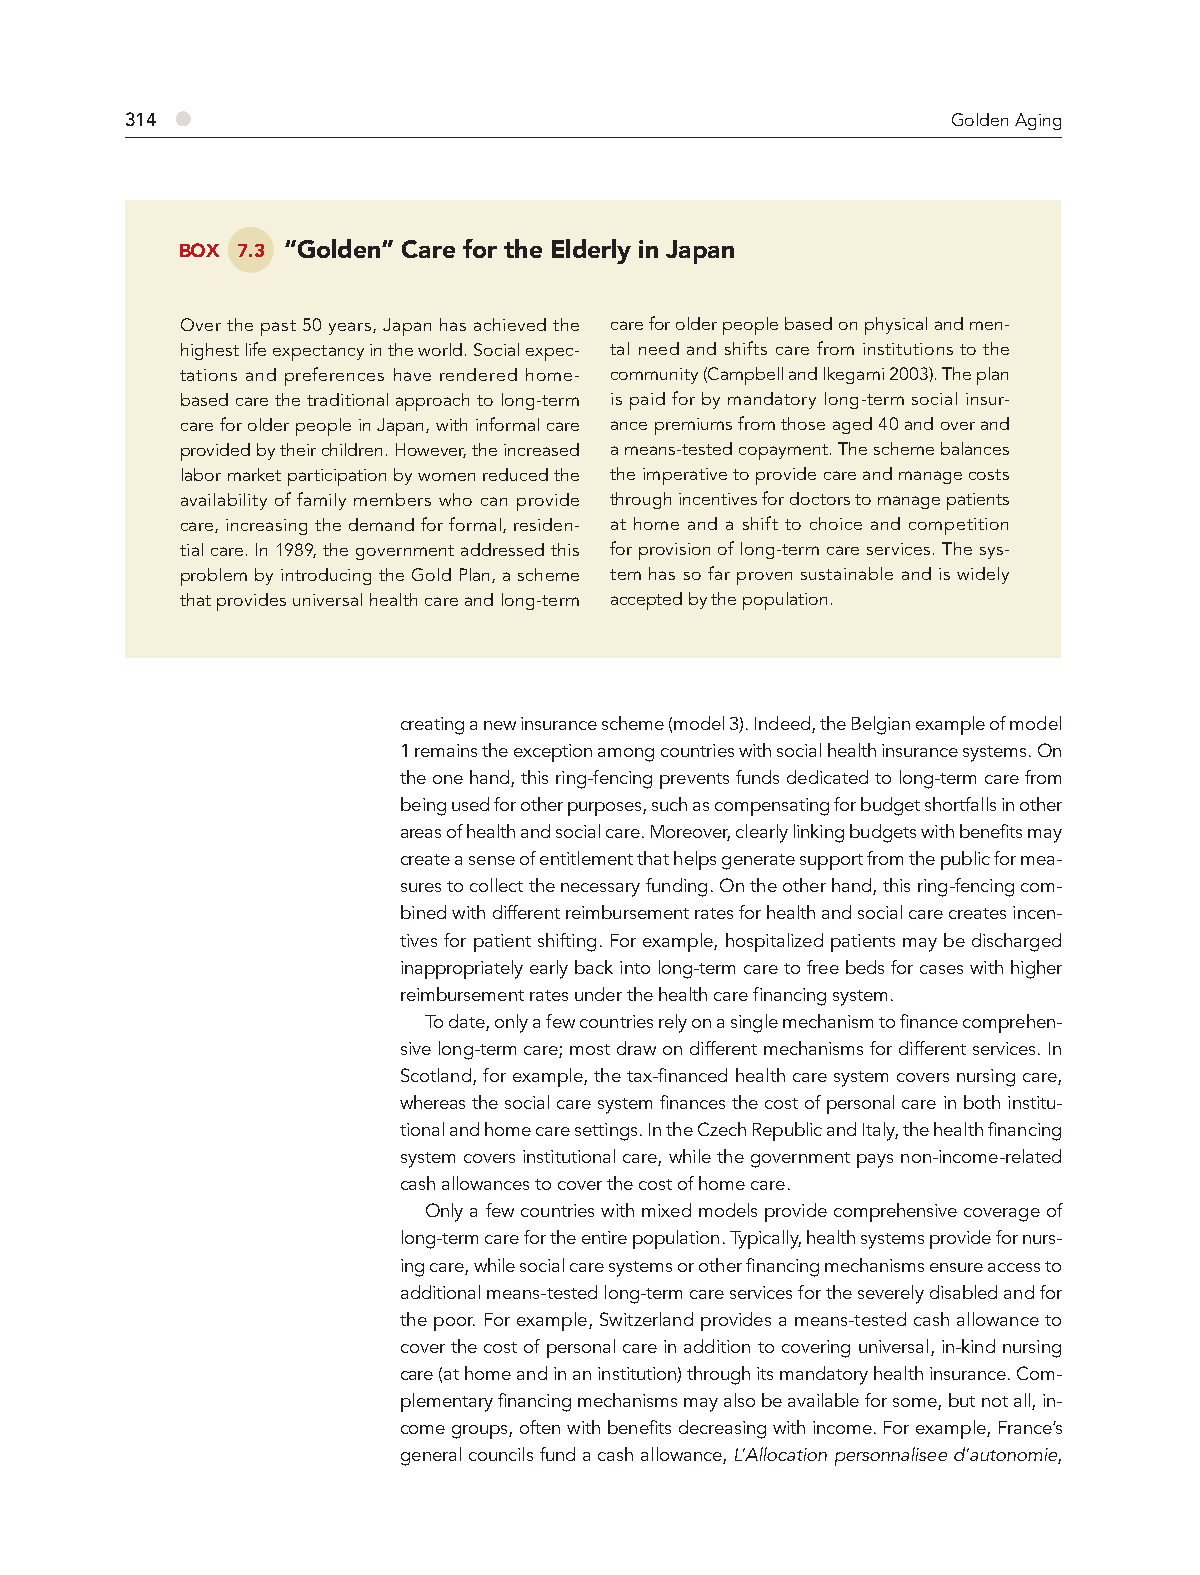
314 ●                                                  Golden Aging
 BOX 7.3 “Golden” Care for the Elderly in Japan
 Over the past 50 years, Japan has achieved the care for older people based on physical and men-
 highest life expectancy in the world. Social expec- tal need and shifts care from institutions to the
 tations and preferences have rendered home- community (Campbell and Ikegami 2003). The plan
 based care the traditional approach to long-term is paid for by mandatory long-term social insur-
 care for older people in Japan, with informal care ance premiums from those aged 40 and over and
 provided by their children. However, the increased a means-tested copayment. The scheme balances
 labor market participation by women reduced the the imperative to provide care and manage costs
 availability of family members who can provide through incentives for doctors to manage patients
 care, increasing the demand for formal, residen- at home and a shift to choice and competition
 tial care. In 1989, the government addressed this for provision of long-term care services. The sys-
 problem by introducing the Gold Plan, a scheme tem has so far proven sustainable and is widely
 that provides universal health care and long-term accepted by the population.
 creating a new insurance scheme (model 3). Indeed, the Belgian example of model
 1 remains the exception among countries with social health insurance systems. On
 the one hand, this ring-fencing prevents funds dedicated to long-term care from
 being used for other purposes, such as compensating for budget shortfalls in other
 areas of health and social care. Moreover, clearly linking budgets with benefits may
 create a sense of entitlement that helps generate support from the public for mea-
 sures to collect the necessary funding. On the other hand, this ring-fencing com-
 bined with different reimbursement rates for health and social care creates incen-
 tives for patient shifting. For example, hospitalized patients may be discharged
 inappropriately early back into long-term care to free beds for cases with higher
 reimbursement rates under the health care financing system.
 To date, only a few countries rely on a single mechanism to finance comprehen-
 sive long-term care; most draw on different mechanisms for different services. In
 Scotland, for example, the tax-financed health care system covers nursing care,
 whereas the social care system finances the cost of personal care in both institu-
 tional and home care settings. In the Czech Republic and Italy, the health financing
 system covers institutional care, while the government pays non-income-related
 cash allowances to cover the cost of home care.
 Only a few countries with mixed models provide comprehensive coverage of
 long-term care for the entire population. Typically, health systems provide for nurs-
 ing care, while social care systems or other financing mechanisms ensure access to
 additional means-tested long-term care services for the severely disabled and for
 the poor. For example, Switzerland provides a means-tested cash allowance to
 cover the cost of personal care in addition to covering universal, in-kind nursing
 care (at home and in an institution) through its mandatory health insurance. Com-
 plementary financing mechanisms may also be available for some, but not all, in-
 come groups, often with benefits decreasing with income. For example, France’s
 general councils fund a cash allowance, L’Allocation personnalisee d’autonomie,